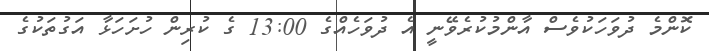
ކޮންމެ ދުވަހަކުވެސް އާންމުކުރެވޭނީ އެ ދުވަހެއްގެ 13:00 ގެ ކުރިން ހުށަހަޅާ އަގުތަކުގެ